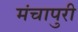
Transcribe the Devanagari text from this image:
मंचापुरी